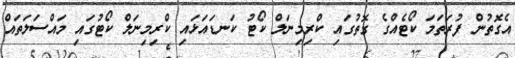
އެގޮތުން ފުރަތަމަ ކޯޓެއްގެ ގޮތުގައި ކްރިމިނަލް ކޯޓު ކަނޑައަޅައި ކްރިމިނަލް ކޯޓުގައި މައްސަލަތައް